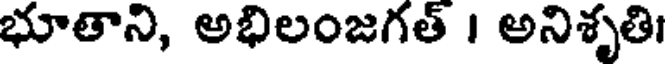
భూతాని, అభిలంజగత్ । అనిశృతి।